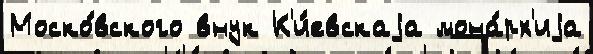
Моско́вского внук К'и́евскаjа мона́рх'иjа